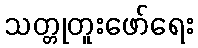
သတ္တုတူးဖော်ရေး